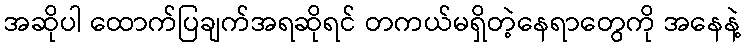
အဆိုပါ ထောက်ပြချက်အရဆိုရင် တကယ်မရှိတဲ့နေရာတွေကို အနေနဲ့